Indian journal of veterinary science and animal husbandry - Volume 4,
Year: 1934
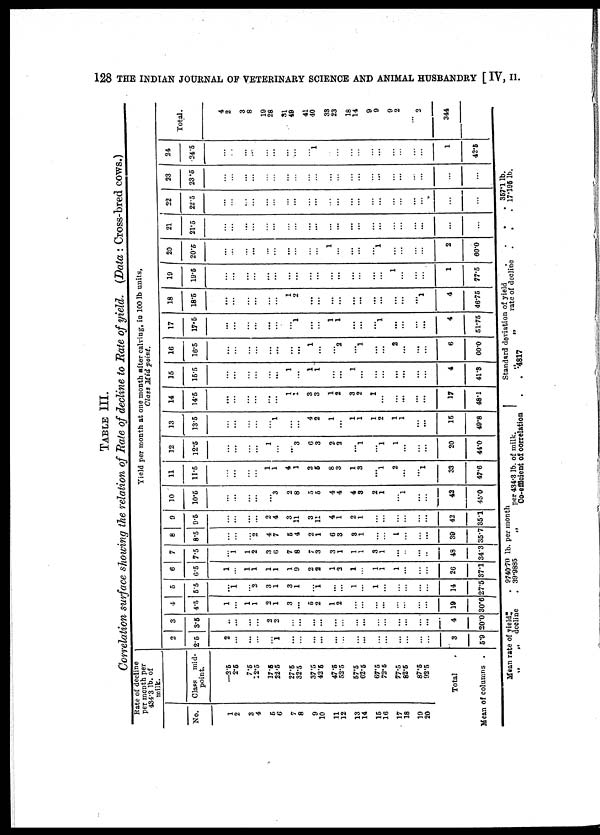
128 THE INDIAN JOURNAL OF VETERINARY SCIENCE AND ANIMAL HUSBANDRY [ IV, II.
TABLE III.
Correlation surface showing the relation of Rate of decline to Rate of yield. (Data : Cross-bred cows.)
Rate of decline
per month per
434.3 lb. of
milk.
No.
1
2
3
4
5
6
7
8
9
10
11
12
13
14
15
16
17
18
19
20
Class
mid-
point.
—2.5
2.5
7.5
12.5
17.5
22.5
27.5
32.5
37.5
42.5
47.5
52.5
57.3
62.5
67.5
72.5
77.5
82.5
87.5
92.5
Total
Mean of columns .
2
2.5
2
...
...
...
...
1
...
...
...
...
...
...
...
...
...
...
...
...
...
...
3
5.9
3
3.5
..
...
...
...
2
2
...
...
...
...
...
...
...
...
...
...
...
...
...
...
4
20.0
4
4.5
1
...
1
1
2
1
3
...
5
2
1
2
...
...
...
...
...
...
...
...
19
30.6
5
5.5
.. 1
...
2
3
1
3
1
...
1
...
...
1
...
1
...
...
...
...
...
14
27.5
6
6.5
1
...
1
1
1
1
1
9
2
2
1
2
1
...
1
1
1
...
...
...
26
37.1
7
7.5
...
1
1
2
3
6
7
8
7
3
3
1
1
1
3
1
...
...
...
...
48
34.3
8
8.5
..
...
...
2
4
7
5
4
2
1
6
3
3
1
...
...
1
...
...
...
39
35.7
9
9.5
...
...
... ...
2
4
3
11
3
11
4
1
2
1
...
...
...
...
...
...
42
35.1
10
10.5
...
...
... ...
...
3
2
8
5
5
4
4
4
3
2
1
...
1
...
...
42
45.0
Yield per month at one month after calving, in 100 lb units.
Class Mid
point.
11
11.5
...
...
... ...
1
1
4
1
2
5
8
3
1
3
... 1
2
...
... 1
33
47.6
12
12.5
...
...
...
...
1
...
... 3
6
3
2
2
... 1
... 1
1
...
...
...
20
44.0
13
13.5
...
...
...
...
1 1
...
...
4
2
1
...
1
1
1
2
1
1
...
...
15
49.8
14
14.5
...
...
...
...
...
...
1
1
3
3
1
2
3
2
1
...
...
...
...
...
17
48.1
15
15.5
...
...
...
...
...
...
1
...
1
1
...
...
1
...
...
...
...
...
...
...
4
41.3
16
16.5
...
...
...
...
...
...
...
...
1
...
... 2
... 1
...
...
2
...
...
...
6
60.0
17
17.5
...
...
...
...
...
...
... 1
....
...
1
1
...
...
... 1
...
...
...
...
4
51.75
18
18.5
...
...
...
...
...
...
1
2
...
...
...
...
...
...
...
...
...
...
...
1
4
46.75
19
19.5
...
...
...
...
...
...
...
...
...
...
...
...
...
...
...
...
1
...
..
...
1
77.5
20
20.6
...
...
...
...
...
...
....
...
...
...
1
...
...
...
... 1
....
...
...
...
2
60.0
21
21.5
...
...
...
....
...
...
....
...
...
...
... ....
...
...
...
...
...
....
...
...
...
...
22
22.5
...
...
...
...
...
...
....
...
...
...
...
...
...
...
...
...
...
...
...
...
...
...
23
23.5
...
...
...
....
...
...
.....
...
...
...
...
...
...
...
...
...
...
...
...
...
...
...
24
24 .5
...
...
...
...
...
...
...
...
... l
...
...
...
...
...
...
...
...
...
...
1
42.5
Total.
4
2
3
8
19
28
31
49
41
40
33
23
18
14
9
9
9
2
... 2
344
Mean rate of yield
„
„
decline
. 9740.70 lb. per month
. 39.9885
per 434.3 15. of milk.
Co-efficient of correlation
Standard deviation of yield
....
„
„
rate of decline .
.
. .4817
357.1 lb.
17.195 lb.